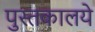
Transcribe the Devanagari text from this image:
पुस्तकालये